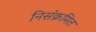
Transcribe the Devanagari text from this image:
निसंक्रमित